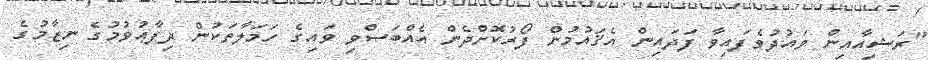
"ރަޝިއާއިން ވައުދުވެފައިވާ ފަދައިން އެޤައުމުން ފޯރުކޮށްދެން އެއްބަސްވި ވައިގެ ހަމަލާތަކުން ދިފާޢުވުމުގެ ނިޒާމުގެ